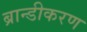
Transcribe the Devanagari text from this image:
ब्रान्डीकरण